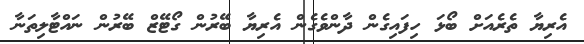
އެރިޔާ ތެރެއަށް ބޯޅަ ހިފައިގެން ދާންވެގެން އެރިޔާ ބޭރުން ގޯޓޭޒް ބޭރުން ނައްޓާލިތަނާ